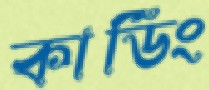
কার্ডিং